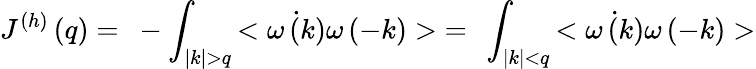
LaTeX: J^{(h)}\left(q\right)=~-\int_{|k|>q}{<\dot{\omega\left(k\right)}\omega\left(-k\right)>}=~\int_{|k|<q}{<\dot{\omega\left(k\right)}\omega\left(-k\right)>}